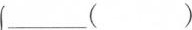
___（ ）